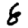
Digit: 8